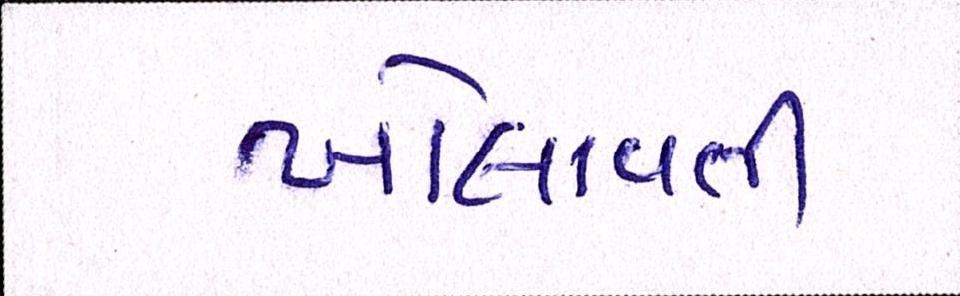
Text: ખોલાવતી